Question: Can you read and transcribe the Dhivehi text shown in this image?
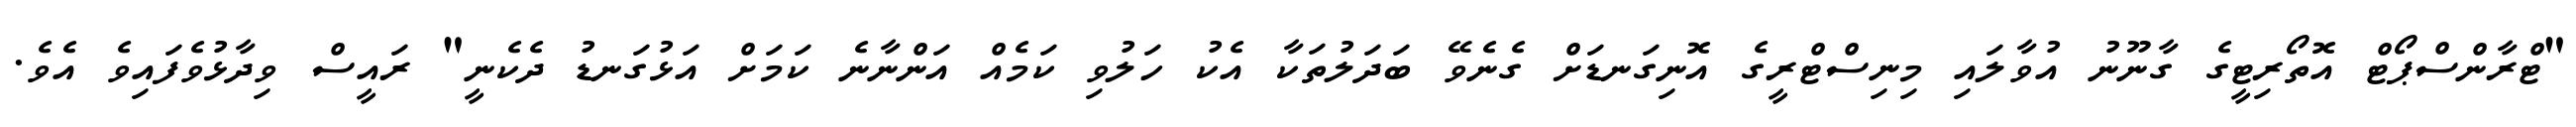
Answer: "ޓްރާންސްޕޯޓް އޮތޯރިޓީގެ ގާނޫނު އުވާލައި މިނިސްޓްރީގެ އޮނިގަނޑަށް ގެނެވޭ ބަދަލުތަކާ އެކު ހަލުވި ކަމެއް އަންނާނެ ކަމަށް އަޅުގަނޑު ދެކެނީ" ރައީސް ވިދާޅުވެފައިވެ އެވެ.